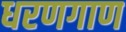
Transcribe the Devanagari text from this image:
धरणगाण